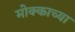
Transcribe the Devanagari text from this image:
मोक्काच्या